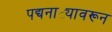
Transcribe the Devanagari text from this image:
पद्यनाट्यावरून